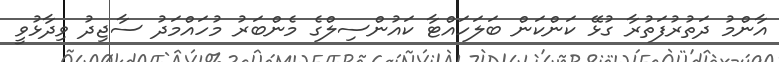
އާންމު ދަތުރުފަތުރާ ގުޅޭ ކަންކަން ބަލަހައްޓާ ކައުންސިލްގެ މެންބަރު މުހައްމަދު ސާޖިދު ވިދާޅުވީ